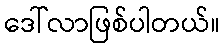
ဒေါ်လာဖြစ်ပါတယ်။